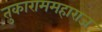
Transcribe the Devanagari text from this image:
तुकाराममहाराज